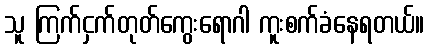
သူ ကြက်ငှက်တုတ်ကွေးရောဂါ ကူးစက်ခံနေရတယ်။